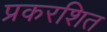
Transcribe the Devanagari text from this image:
प्रकरशित